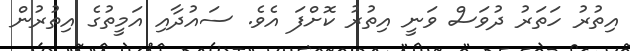
އިތުރު ހަތަރު ދުވަސް ވަނީ އިތުރު ކޮށްފަ އެވެ. ސައުދާއި އަމީތުގެ އިތުރުން